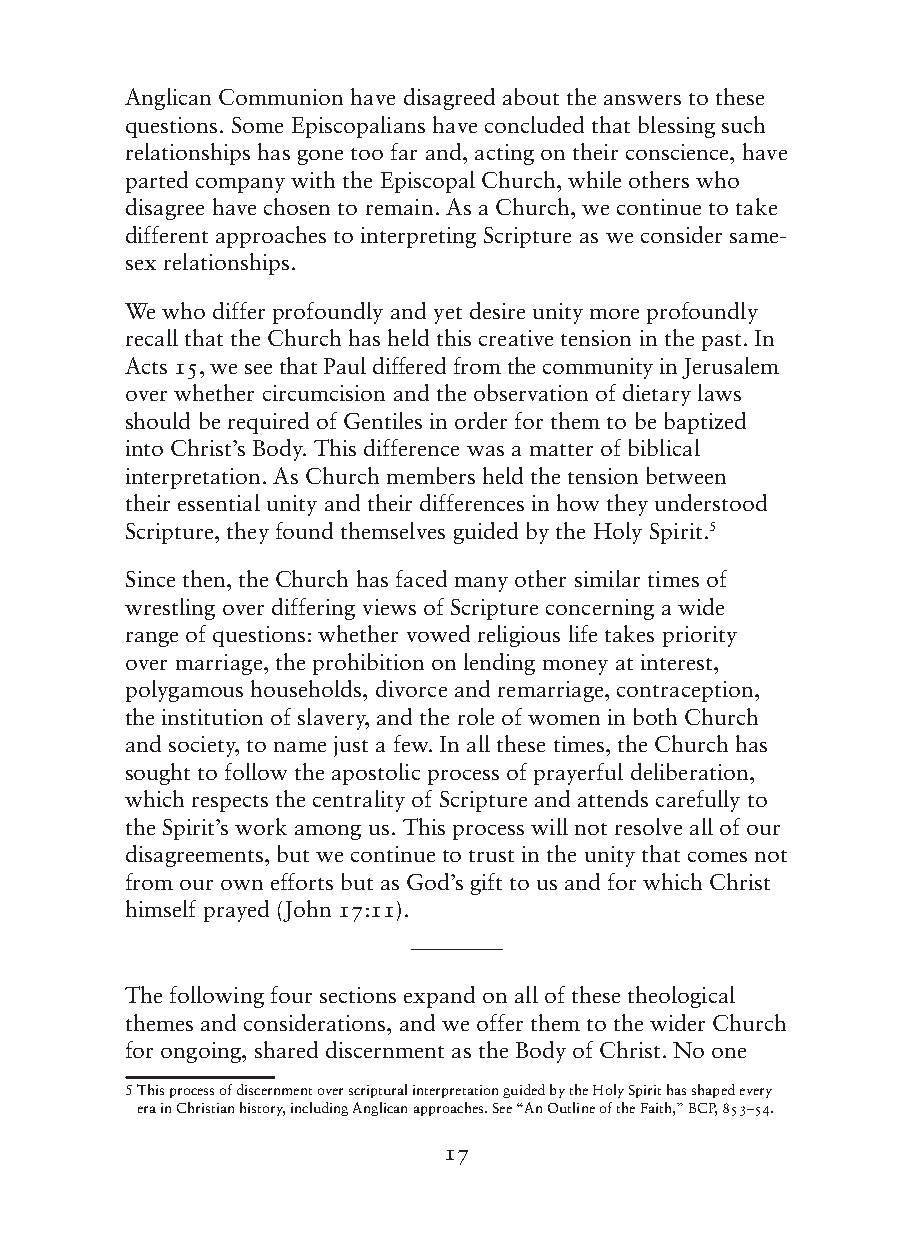
Anglican Communion have disagreed about the answers to these
 questions. Some Episcopalians have concluded that blessing such
 relationships has gone too far and, acting on their conscience, have
 parted company with the Episcopal Church, while others who
 disagree have chosen to remain. As a Church, we continue to take
 different approaches to interpreting Scripture as we consider same-
 sex relationships.
 We who differ profoundly and yet desire unity more profoundly
 recall that the Church has held this creative tension in the past. In
 Acts 15, we see that Paul differed from the community in Jerusalem
 over whether circumcision and the observation of dietary laws
 should be required of Gentiles in order for them to be baptized
 into Christ’s Body. This difference was a matter of biblical
 interpretation. As Church members held the tension between
 their essential unity and their differences in how they understood
 Scripture, they found themselves guided by the Holy Spirit.5
 Since then, the Church has faced many other similar times of
 wrestling over differing views of Scripture concerning a wide
 range of questions: whether vowed religious life takes priority
 over marriage, the prohibition on lending money at interest,
 polygamous households, divorce and remarriage, contraception,
 the institution of slavery, and the role of women in both Church
 and society, to name just a few. In all these times, the Church has
 sought to follow the apostolic process of prayerful deliberation,
 which respects the centrality of Scripture and attends carefully to
 the Spirit’s work among us. This process will not resolve all of our
 disagreements, but we continue to trust in the unity that comes not
 from our own efforts but as God’s gift to us and for which Christ
 himself prayed (John 17:11).
 ————
 The following four sections expand on all of these theological
 themes and considerations, and we offer them to the wider Church
 for ongoing, shared discernment as the Body of Christ. No one
 5 This process of discernment over scriptural interpretation guided by the Holy Spirit has shaped every
 era in Christian history, including Anglican approaches. See “An Outline of the Faith,” BCP, 853–54.
 17